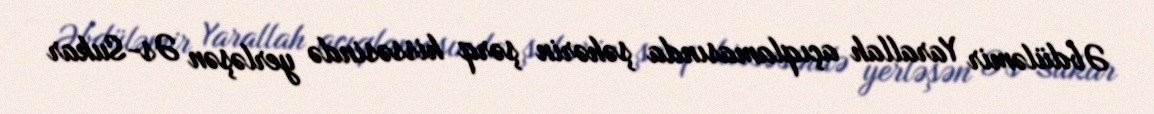
Əbdüləmir Yarallah açıqlamasında şəhərin şərq hissəsində yerləşən Əs-Sukar